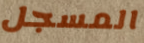
المسجل